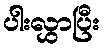
ပါးလွှာပြီး